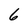
Character: 6